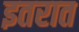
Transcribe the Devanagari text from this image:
इतरात